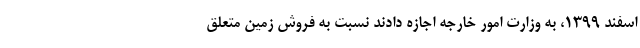
اسفند ۱۳۹۹، به وزارت امور خارجه اجازه دادند نسبت به فروش زمین متعلق